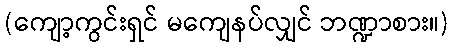
(ကျော့ကွင်းရှင် မကျေနပ်လျှင် ဘဏ္ဍာစား။)